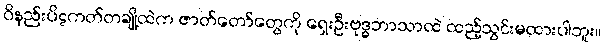
ဝိနည်းပိဋကတ်တချို့ထဲက ဇာတ်တော်တွေကို ရှေးဦးဗုဒ္ဓဘာသာထဲ ထည့်သွင်းမထားပါဘူး။